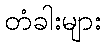
တံခါးများ